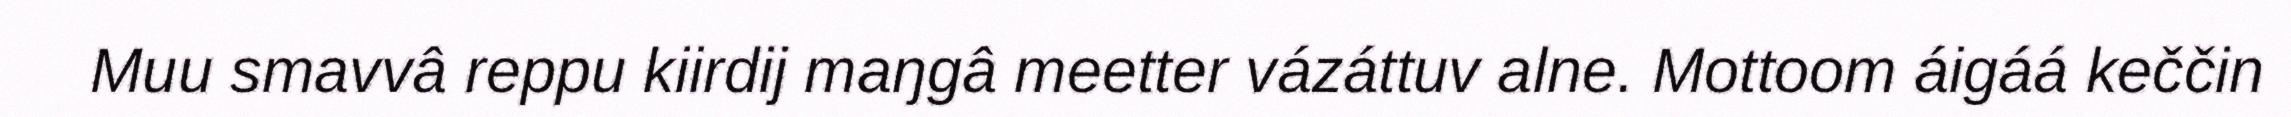
Muu smavvâ reppu kiirdij maŋgâ meetter vázáttuv alne. Mottoom áigáá keččin